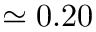
\simeq 0 . 2 0